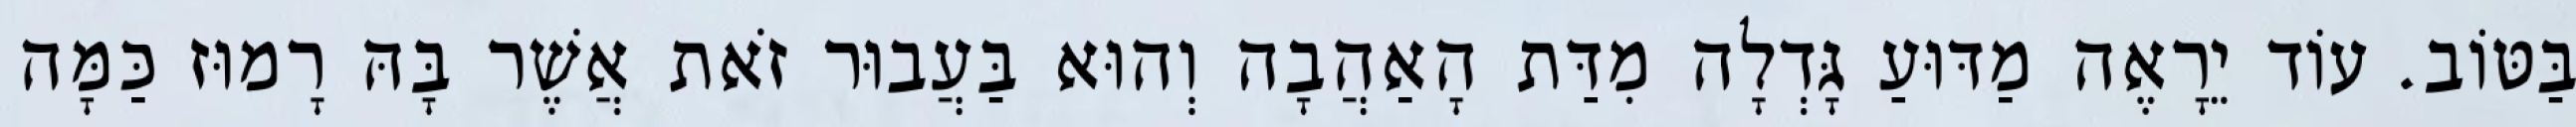
בַּטּוֹב. עוֹד יֵרָאֶה מַדּוּעַ גָּדְלָה מִדַּת הָאַהֲבָה וְהוּא בַּעֲבוּר זֹאת אֲשֶׁר בָּהּ רָמוּז כַּמָּה